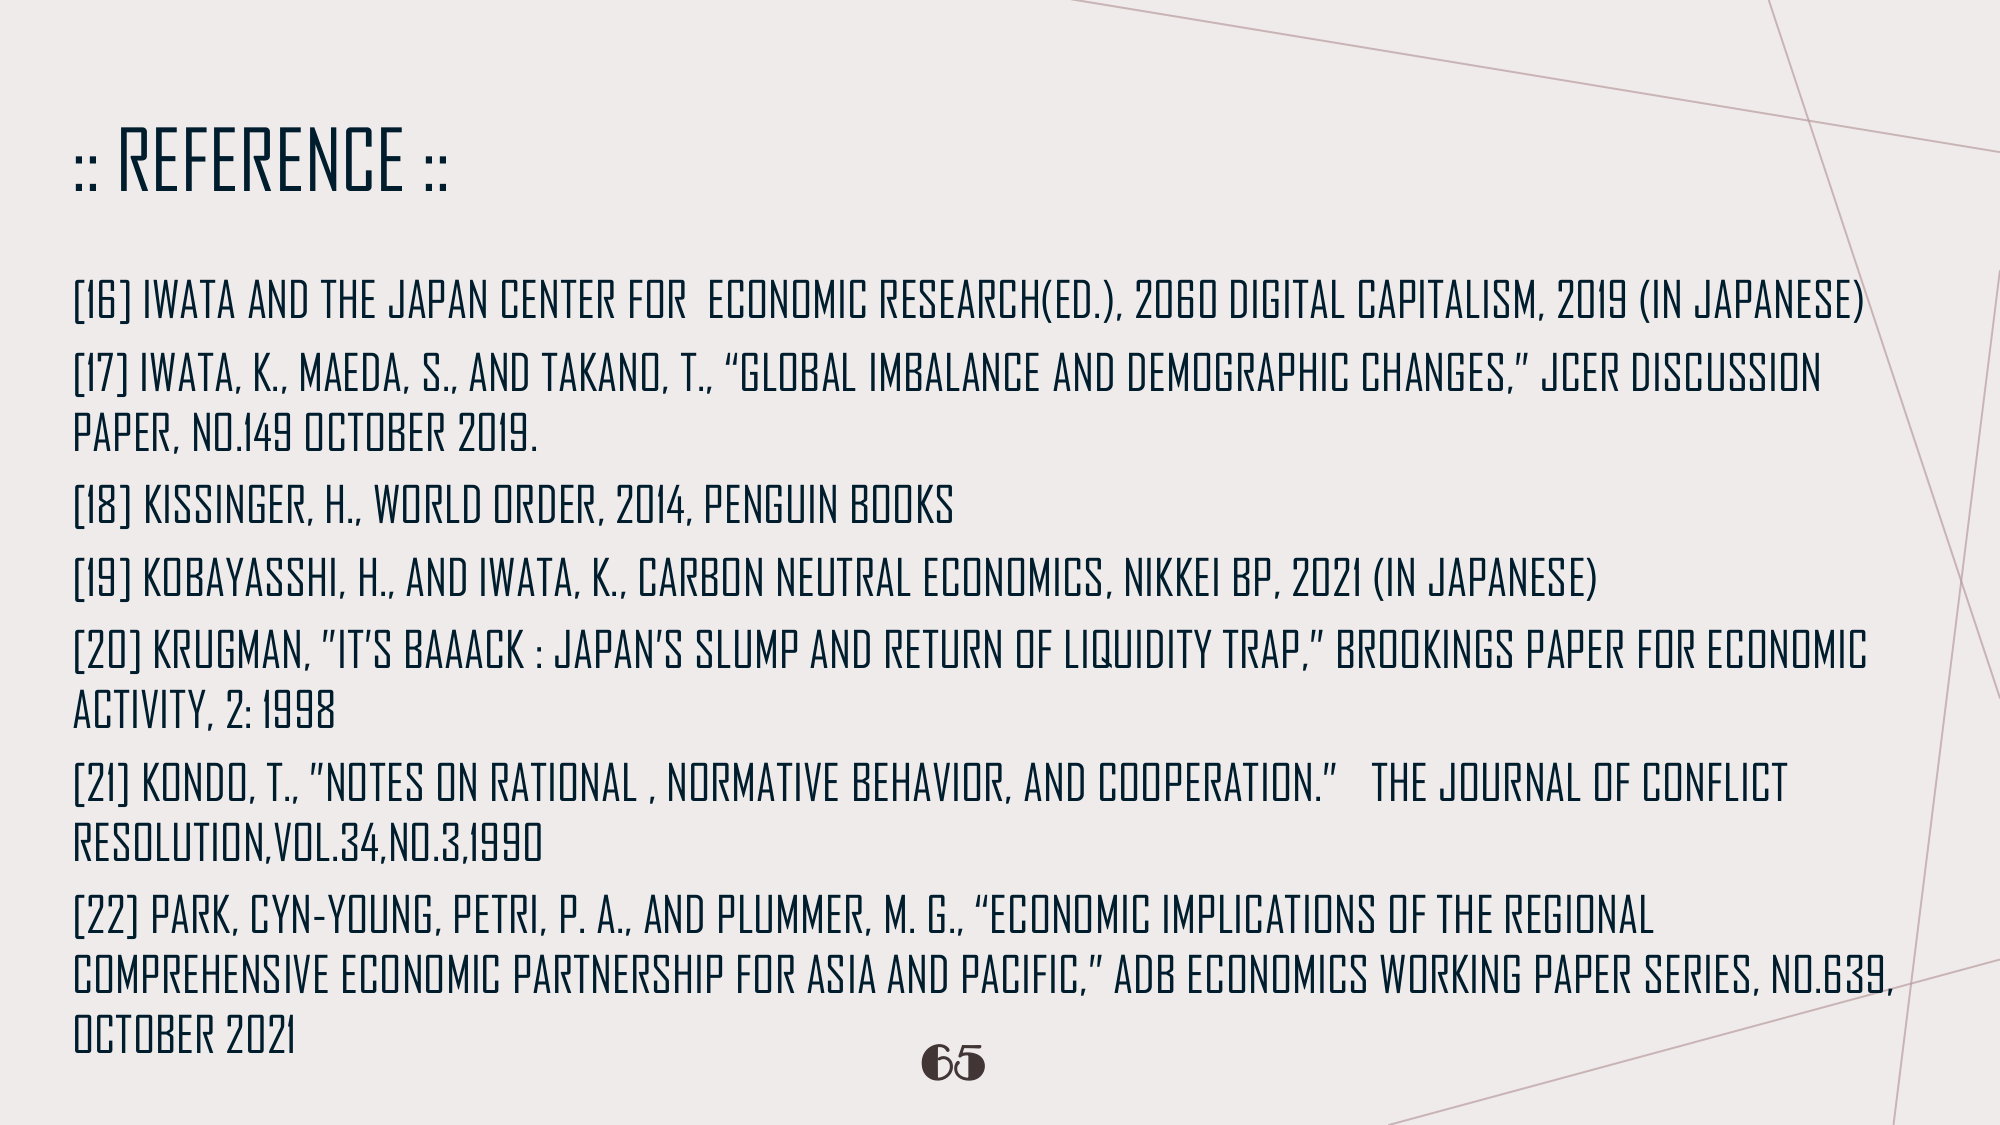
:: REFERENCE ::

[16] IWATA AND THE JAPAN CENTER FOR ECONOMIC RESEARCH(ED.), 2060 DIGITAL CAPITALISM, 2019 (IN JAPANESE)
[17] IWATA, K., MAEDA, S., AND TAKANO, T., "GLOBAL IMBALANCE AND DEMOGRAPHIC CHANGES," JCER DISCUSSION PAPER, NO.149 OCTOBER 2019.
[18] KISSINGER, H., WORLD ORDER, 2014, PENGUIN BOOKS
[19] KOBAYASSHI, H., AND IWATA, K., CARBON NEUTRAL ECONOMICS, NIKKEI BP, 2021 (IN JAPANESE)
[20] KRUGMAN, "IT'S BAAACK : JAPAN'S SLUMP AND RETURN OF LIQUIDITY TRAP," BROOKINGS PAPER FOR ECONOMIC ACTIVITY, 2: 1998
[21] KONDO, T., "NOTES ON RATIONAL, NORMATIVE BEHAVIOR, AND COOPERATION." THE JOURNAL OF CONFLICT RESOLUTION, VOL.34, NO.3, 1990
[22] PARK, CYN-YOUNG, PETRI, P. A., AND PLUMMER, M. G., "ECONOMIC IMPLICATIONS OF THE REGIONAL COMPREHENSIVE ECONOMIC PARTNERSHIP FOR ASIA AND PACIFIC," ADB ECONOMICS WORKING PAPER SERIES, NO.639, OCTOBER 2021

65